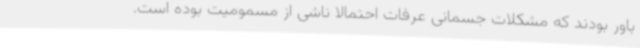
باور بودند که مشکلات جسمانی عرفات احتمالا ناشی از مسمومیت بوده‌ است.